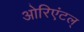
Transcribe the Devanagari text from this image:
ओरिएंटल्